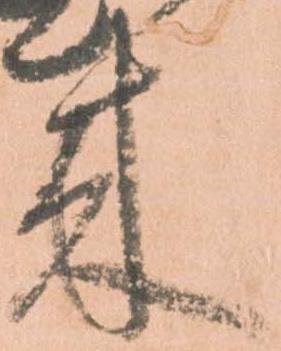
来